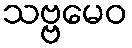
သဗ္ဗမေဝ